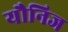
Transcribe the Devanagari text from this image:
यौनिज